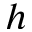
h